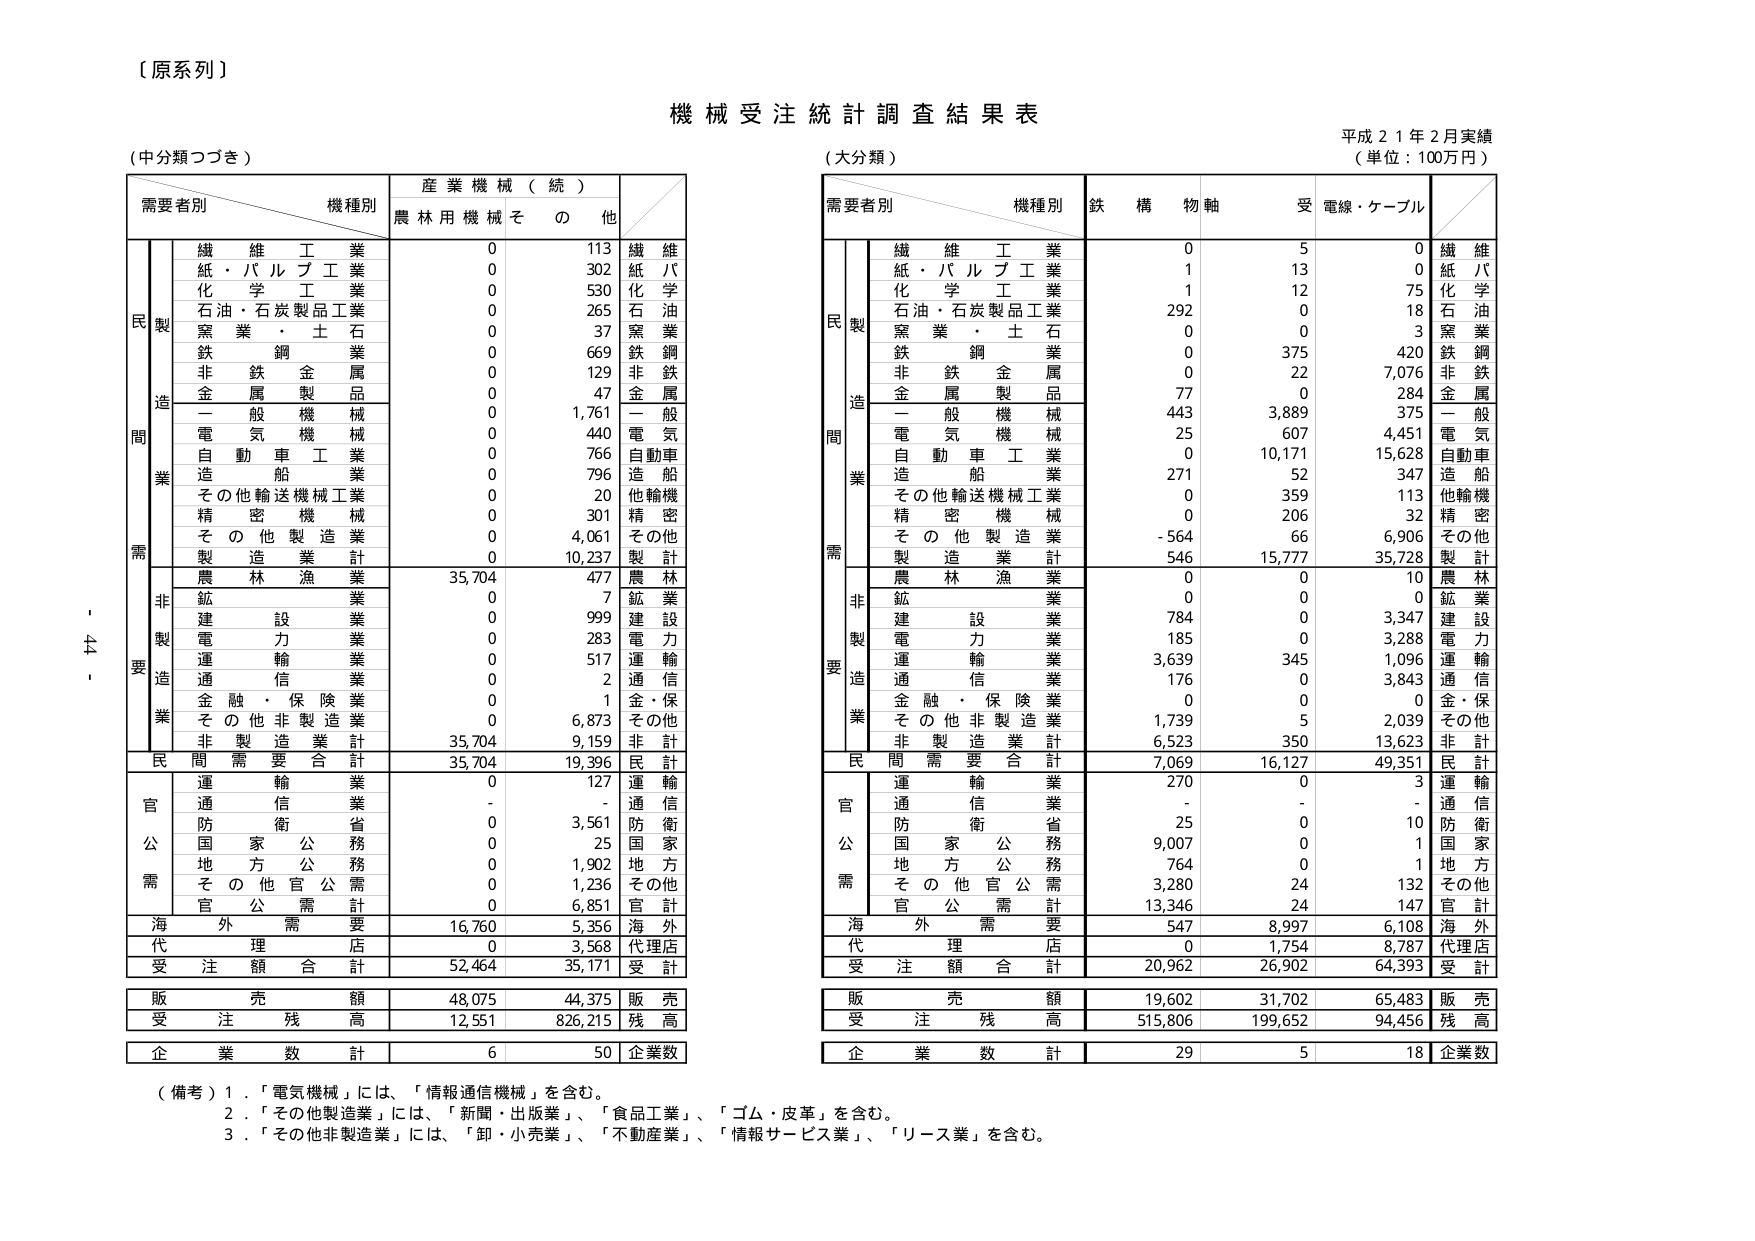
〔原系列〕

機械受注統計調査結果表

平成２１年２月実績
（単位：100万円）

（中分類つづき）

需要者別　　機種別　　産業機械（続）
　　　　　　　　　　　農林用機械　その他

　　　　　繊維工業　　　　0　　　113　　繊維工業
　　　　　紙・パルプ工業　　0　　　302　　紙・パルプ工業
　　　　　化学工業　　　　0　　　530　　化学工業
　　　　　石油・石炭製品工業　0　　　265　　石油・石炭製品工業
　　　　　窯業・土石　　　0　　　37　　窯業・土石
　　　　　鉄鋼業　　　　　0　　　669　　鉄鋼業
　　　　　非鉄金属業　　　0　　　129　　非鉄金属業
　　　　　金属製品　　　　0　　　47　　金属製品
　　　　　一般機械　　　　0　　　1,761　　一般機械
　　　　　電気機械　　　　0　　　440　　電気機械
　　　　　自動車工業　　　0　　　766　　自動車工業
　　　　　造船業　　　　　0　　　796　　造船業
　　　　　その他輸送機械工業　0　　　20　　他輸機
　　　　　精密機械　　　　0　　　301　　精密
　　　　　その他製造業　　　0　　　4,061　　その他
　　　　　製造業計　　　　0　　　10,237　　製計

　　　　　農林漁業　　　　35,704　　477　　農林
　　　　　鉱業　　　　　　0　　　7　　鉱業
　　　　　建設業　　　　　0　　　999　　建設
　　　　　電力業　　　　　0　　　283　　電力
　　　　　運輸業　　　　　0　　　517　　運輸
　　　　　通信業　　　　　0　　　2　　通信
　　　　　金融・保険業　　　0　　　1　　金・保
　　　　　その他非製造業　　0　　　6,873　　その他
　　　　　非製造業計　　　35,704　　9,159　　非計

　　　　　民間需要合計　　35,704　　19,396　　民計

　　　　　運輸業　　　　　0　　　127　　運輸
　　　　　通信業　　　　　-　　　-　　通信
　　　　　防衛省　　　　　0　　　3,561　　防衛
　　　　　国家公務　　　　0　　　25　　国家
　　　　　地方公務　　　　0　　　1,902　　地方
　　　　　その他官公需　　0　　　1,236　　その他
　　　　　官公需計　　　　0　　　6,851　　官計

　　　　　海外需要　　　　16,760　　5,356　　海外

　　　　　代理店　　　　　0　　　3,568　　代理店

　　　　　受注額合計　　　52,464　　35,171　　受計

　　　　　販売額　　　　　48,075　　44,375　　販売
　　　　　受注残高　　　　12,551　　826,215　　残高

　　　　　企業数計　　　　6　　　50　　企業数

（備考）1．「電気機械」には、「情報通信機械」を含む。
　　　　2．「その他製造業」には、「新聞・出版業」、「食品工業」、「ゴム・皮革」を含む。
　　　　3．「その他非製造業」には、「卸・小売業」、「不動産業」、「情報サービス業」、「リース業」を含む。

（大分類）

需要者別　　機種別　　鉄構　物軸　　受電線・ケーブル

　　　　　繊維工業　　　　0　　　5　　　0　　繊維工業
　　　　　紙・パルプ工業　　1　　　13　　　0　　紙・パルプ工業
　　　　　化学工業　　　　1　　　12　　　75　　化学工業
　　　　　石油・石炭製品工業　292　　　0　　　18　　石油・石炭製品工業
　　　　　窯業・土石　　　0　　　0　　　3　　窯業・土石
　　　　　鉄鋼業　　　　　0　　　375　　　420　　鉄鋼業
　　　　　非鉄金属業　　　0　　　22　　　7,076　　非鉄金属業
　　　　　金属製品　　　　77　　　0　　　284　　金属製品
　　　　　一般機械　　　　443　　　3,889　　　375　　一般機械
　　　　　電気機械　　　　25　　　607　　　4,451　　電気機械
　　　　　自動車工業　　　0　　　10,171　　　15,628　　自動車工業
　　　　　造船業　　　　　271　　　52　　　347　　造船業
　　　　　その他輸送機械工業　0　　　359　　　113　　他輸機
　　　　　精密機械　　　　0　　　206　　　32　　精密
　　　　　その他製造業　　-564　　　66　　　6,906　　その他
　　　　　製造業計　　　　546　　　15,777　　　35,728　　製計

　　　　　農林漁業　　　　0　　　0　　　10　　農林
　　　　　鉱業　　　　　　0　　　0　　　0　　鉱業
　　　　　建設業　　　　　784　　　0　　　3,347　　建設
　　　　　電力業　　　　　185　　　0　　　3,288　　電力
　　　　　運輸業　　　　　3,639　　　345　　　1,096　　運輸
　　　　　通信業　　　　　176　　　0　　　3,843　　通信
　　　　　金融・保険業　　　0　　　0　　　0　　金・保
　　　　　その他非製造業　　1,739　　　5　　　2,039　　その他
　　　　　非製造業計　　　6,523　　　350　　　13,623　　非計

　　　　　民間需要合計　　7,069　　　16,127　　　49,351　　民計

　　　　　運輸業　　　　　270　　　0　　　3　　運輸
　　　　　通信業　　　　　-　　　-　　　-　　通信
　　　　　防衛省　　　　　25　　　0　　　10　　防衛
　　　　　国家公務　　　　9,007　　　0　　　1　　国家
　　　　　地方公務　　　　764　　　0　　　1　　地方
　　　　　その他官公需　　3,280　　　24　　　132　　その他
　　　　　官公需計　　　　13,346　　　24　　　147　　官計

　　　　　海外需要　　　　547　　　8,997　　　6,108　　海外

　　　　　代理店　　　　　0　　　1,754　　　8,787　　代理店

　　　　　受注額合計　　　20,962　　　26,902　　　64,393　　受計

　　　　　販売額　　　　　19,602　　　31,702　　　65,483　　販売
　　　　　受注残高　　　　515,806　　　199,652　　　94,456　　残高

　　　　　企業数計　　　　29　　　5　　　18　　企業数